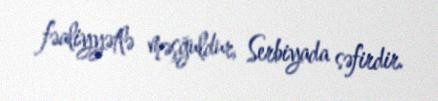
fəaliyyətlə məşğuldur, Serbiyada səfirdir.